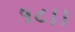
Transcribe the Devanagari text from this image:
५८।।